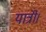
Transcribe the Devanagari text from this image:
यात्री।